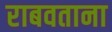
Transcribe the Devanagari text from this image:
राबवताना